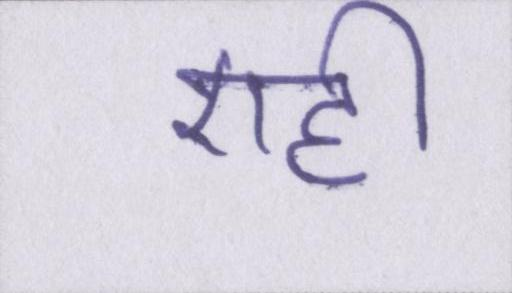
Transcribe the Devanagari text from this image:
एही